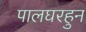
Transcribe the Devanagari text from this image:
पालघरहुन